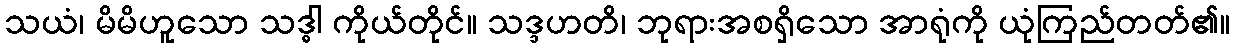
သယံ၊ မိမိဟူသော သဒ္ဓါ ကိုယ်တိုင်။ သဒ္ဒဟတိ၊ ဘုရားအစရှိသော အာရုံကို ယုံကြည်တတ်၏။